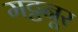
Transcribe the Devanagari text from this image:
मट्टनूर